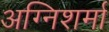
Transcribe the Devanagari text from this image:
अग्निशर्मा